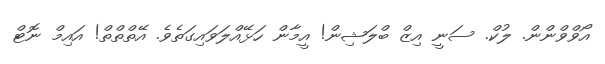
އޯވްވްންން. ލުކް. ސަނީ އިޒް ބްލަޝިން! އީމާން ހަޅޭއްލަވައިގަތެވެ. އޭތްތްތް! އައިމް ނޮޓް